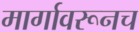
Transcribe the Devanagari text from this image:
मार्गावरूनच